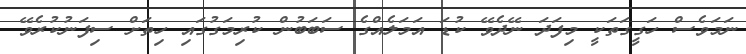
ނަމަވެސް ހަގީގަތަކީ މިފަދަ ނޭދެވޭ ކުޑަ އަމަލެއްގެ ސަބަބުން ކުރިމަގުގައި ހިތަށް ސިފަނުކުރެވޭ